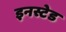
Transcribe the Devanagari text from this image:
इनस्टेड